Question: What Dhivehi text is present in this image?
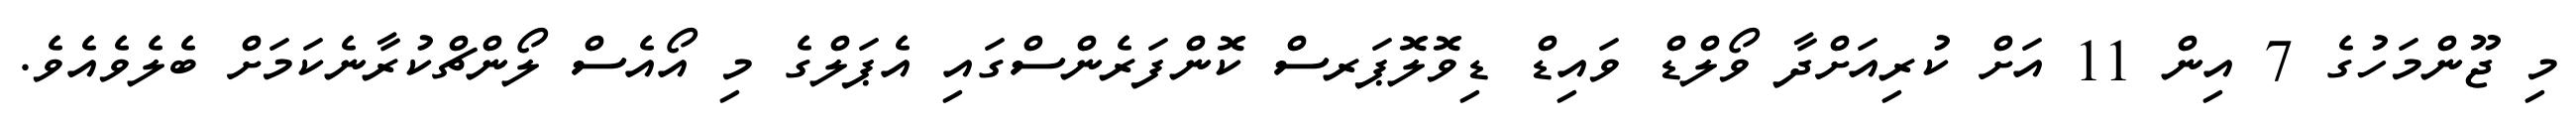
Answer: މި ޖޫންމަހުގެ 7 އިން 11 އަށް ކުރިއަށްދާ ވޯލްޑް ވައިޑް ޑިވޮލޮޕަރސް ކޮންފަރެންސްގައި އެޕަލްގެ މި އޯއެސް ލޯންޗްކުރާނެކަމަށް ބެލެވެއެވެ.